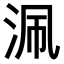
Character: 𣳽